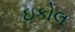
ઇકોલ